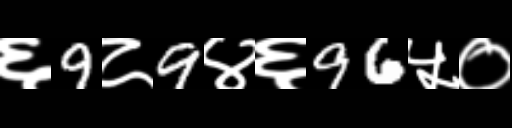
Text: ६9८9४६96५०